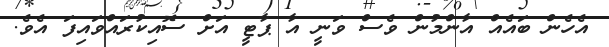
އެހެން ބައެއް އާންމުން ވެސް ވަނީ އާ ޕާޓީ އަށް ސޮއިކުރައްވައިފަ އެވެ.